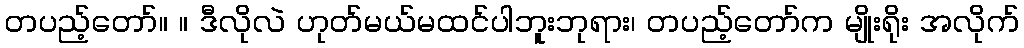
တပည့်တော်။ ။ ဒီလိုလဲ ဟုတ်မယ်မထင်ပါဘူးဘုရား၊ တပည့်တော်က မျိုးရိုး အလိုက်